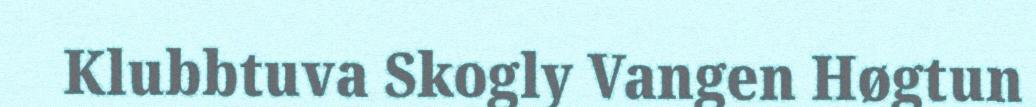
Klubbtuva Skogly Vangen Høgtun